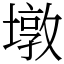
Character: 墩